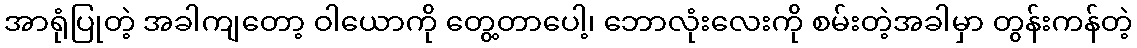
အာရုံပြုတဲ့ အခါကျတော့ ဝါယောကို တွေ့တာပေါ့၊ ဘောလုံးလေးကို စမ်းတဲ့အခါမှာ တွန်းကန်တဲ့